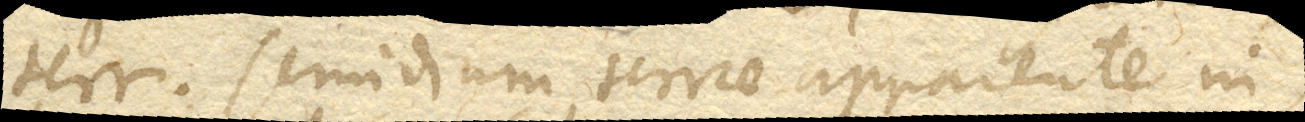
semidiam. terrae apparente in